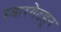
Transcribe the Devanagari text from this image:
स्वारगेटहून